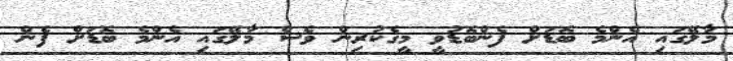
މާލޭގައި އެންމެ ބޮޑަށް ފެންބޮޑުވީ މީގެކުރިން ވެސް މާލޭގައި އެންމެ ބޮޑަށް ފެން